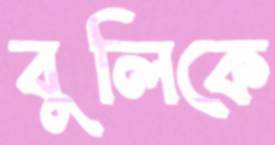
বুলিকে